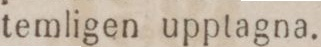
temligen upptagna.